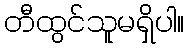
တီထွင်သူမရှိပါ။